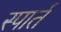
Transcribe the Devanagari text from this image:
स्पार्त